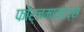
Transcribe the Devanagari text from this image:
फोर्जमास्टर्स